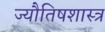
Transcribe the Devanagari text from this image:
ज्यौतिषशास्त्र